Medical and sanitary report of the native army of Bengal for the year
Year: 1876
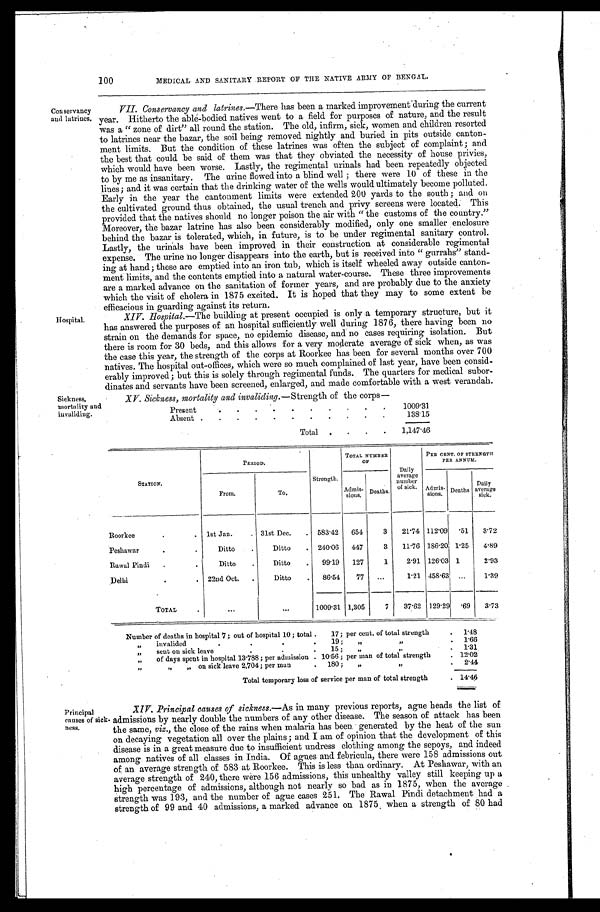
100
MEDICAL AND SANITARY REPORT OF THE NATIVE ARMY OF BENGAL.
Conservancy
and latrines.
Hospital.
VII. Conservancy and La t r i n e s . — T h e r e h a s b e e n a m a r k e d i m p r o v e m e n t ' d u r i n g t h e c u r r e n t
year. Hitherto the able-bodied natives went to a field for purposes of nature, and the result
was a " zone of dirt" all round the station. The old, infirm, sick, women and children resorted
to latrines near the bazar, the soil being removed nightly and buried in pits outside canton
- m e n t l i m i t s . B u t t h e c o n d i t i o n o f t h e s e l a t r i n e s w a s o f t e n t h e s u b j e c t o f c o m p l a i n t ; a n d
the best that could be said of them was that they obviated the necessity of house privies,
which would have been worse. Lastly, the regimental urinals had been repeatedly objected
to by me as insanitary. The urine flowed into a blind well; there were 10 of these in the
lines; and it was certain that the drinking water of the wells would ultimately become polluted.
Early in the year the cantonment limits were extended 200 yards to the south; and on
the cultivated ground thus obtained, the usual trench and privy screens were located. This
provided that the natives should no longer poison the air with "the customs of the country."
Moreover, the bazar latrine has also been considerably modified, only one smaller enclosure
behind the bazar is tolerated, which, in future, is to be under regimental sanitary control.
Lastly, the urinals have been improved in their construction at considerable regimental
expense. The urine no longer disappears into the earth, but is received into "gurrahs" stand
-ing at hand; these are emptied into an iron tub, which is itself wheeled away outside canton
-ment limits, and the contents emptied into a natural water-course. These three improvements
are a marked advance on the sanitation of former years, and are probably due to the anxiety
which the visit of cholera in 1875 excited. It is hoped that they may to some extent be
efficacious in guarding against its return.
XIV. Hospital.—The building at present occupied is only a temporary structure, but it
has answered the purposes of an hospital sufficiently well during 1876, there having been no
strain on the demands for space, no epidemic disease, and . no cases requiring isolation. But
there is room for 30 beds, and this allows for a very moderate average of sick when, as was
the case this year, the strength of the corps at Roorkee has been for several months over 700
natives. The hospital out-offices, which were so much complained of last year, have been consid
-erably improved; but this is solely through regimental funds. The quarters for medical subor
- d i n a t e s a n d s e r v a n t s h a v e b e e n s c r e e n e d , e n l a r g e d , a n d m a d e c o m f o r t a b l e w i t h a w e s t v e r a n d a h .
sickness,
mortality and
invaliding.
XV. Sickness, mortality and invaliding.—Strength of the corps
Present
1 0 0 9 . 3 1
Absent
1 3 8 . 1 5
Total.
1 , 1 4 7 . 4 6
STATION.
PERIOD,
TOTAL NUMBER
OF
Dai l y
average
number of si ck.
PER CENT OF STRENGTH
PER ANNUM.
From.
TO,
strength. Admi s-
sions. Deaths.
Admis- sions. Deaths D a i l y
average sick.
Roorkee
1st Jan. 31st Dec.
583. 42 654 3 21.74 112.09 .51 3 . 7 2
Peshawar
Ditto
Ditto. 240. 06 447 3 11.76 186.20 1.25 4 . 8 9
Rawal Pindi.
Ditto
Ditto
99.19 127 1 2.91 126.03 1 2 . 9 3
Delhi
22nd Oct. Ditto
86.54 77
1.21 458.63
1 . 3 9
TOTAL
1009.31 1,305 7 37.62 129.29 .69 3 . 7 3
Number of deaths in hospital 7; out of hospital 10; total .17; per cent. of total strength. 1 . 4 8
.
.
.
„ invalided. 19 ; „
„ . 1 . 6 6
„sent on sick leave.15; „ .„ 1' 31
„ of days spent in hospital 13.788; per admission.10 . 5 6 ; p e r m a n o f t o t a l s t r e n g t h . 12.02
„ „on sick leave 2,704; per man.180; „.
„
2. 44
Total temporary loss of service per man of total strength. 14.46
Principal causes of sick
-ness.
XIV. Principal causes of sickness.— As in many previous reports, ague heads the list of
admissions by nearly double the numbers of any other disease. The season of attack has been
the same, viz., the close of the rains. when malaria has been generated by the heat of the sun
on decaying vegetation all over the plains; and I am of opinion that the development of this
disease is in a great measure due to insufficient undress clothing among the sepoys, and indeed
c,
amon natives of all classes in India. Of agues and febricula, there were 158 admissions out
among
of an average strength of 583 at Roorkee. This is less than ordinary. At Peshawar, with an
average strength of 240, there were 156 admissions, this unhealthy valley still keeping up a
high percentage of admissions, although not nearly so bad as in. 1875, when the average
strength was 193, and the number of ague cases 251. The Rawal Pindi detachment had a
strength of 99 and 40 admissions, a marked advance on 1875 , when a strength of 8. 0 had